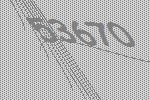
53670